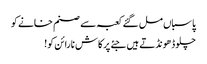
پاسباں مل گئے کعبہ سے صنم خانے کو
چلو ڈھونڈتے ہیں جئے پرکاش نارائن کو!